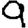
Digit: 9